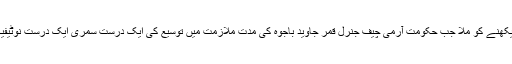
نااہلی اور نالائقی کا حالیہ مظاہرہ تب دیکھنے کو ملا جب حکومت آرمی چیف جنرل قمر جاوید باجوہ کی مدت ملازمت میں توسیع کی ایک درست سمری ایک درست نوٹیفیکشن سپریم کورٹ میں پیش نہ کرسکی۔